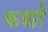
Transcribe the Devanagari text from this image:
कर्शा